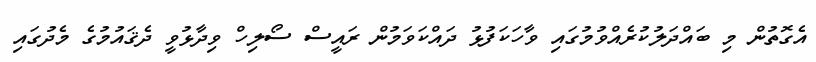
އެގޮތުން މި ބައްދަލުކުރެއްވުމުގައި ވާހަކަފުޅު ދައްކަވަމުން ރައީސް ސޯލިހް ވިދާޅުވީ ދެޤައުމުގެ މެދުގައި